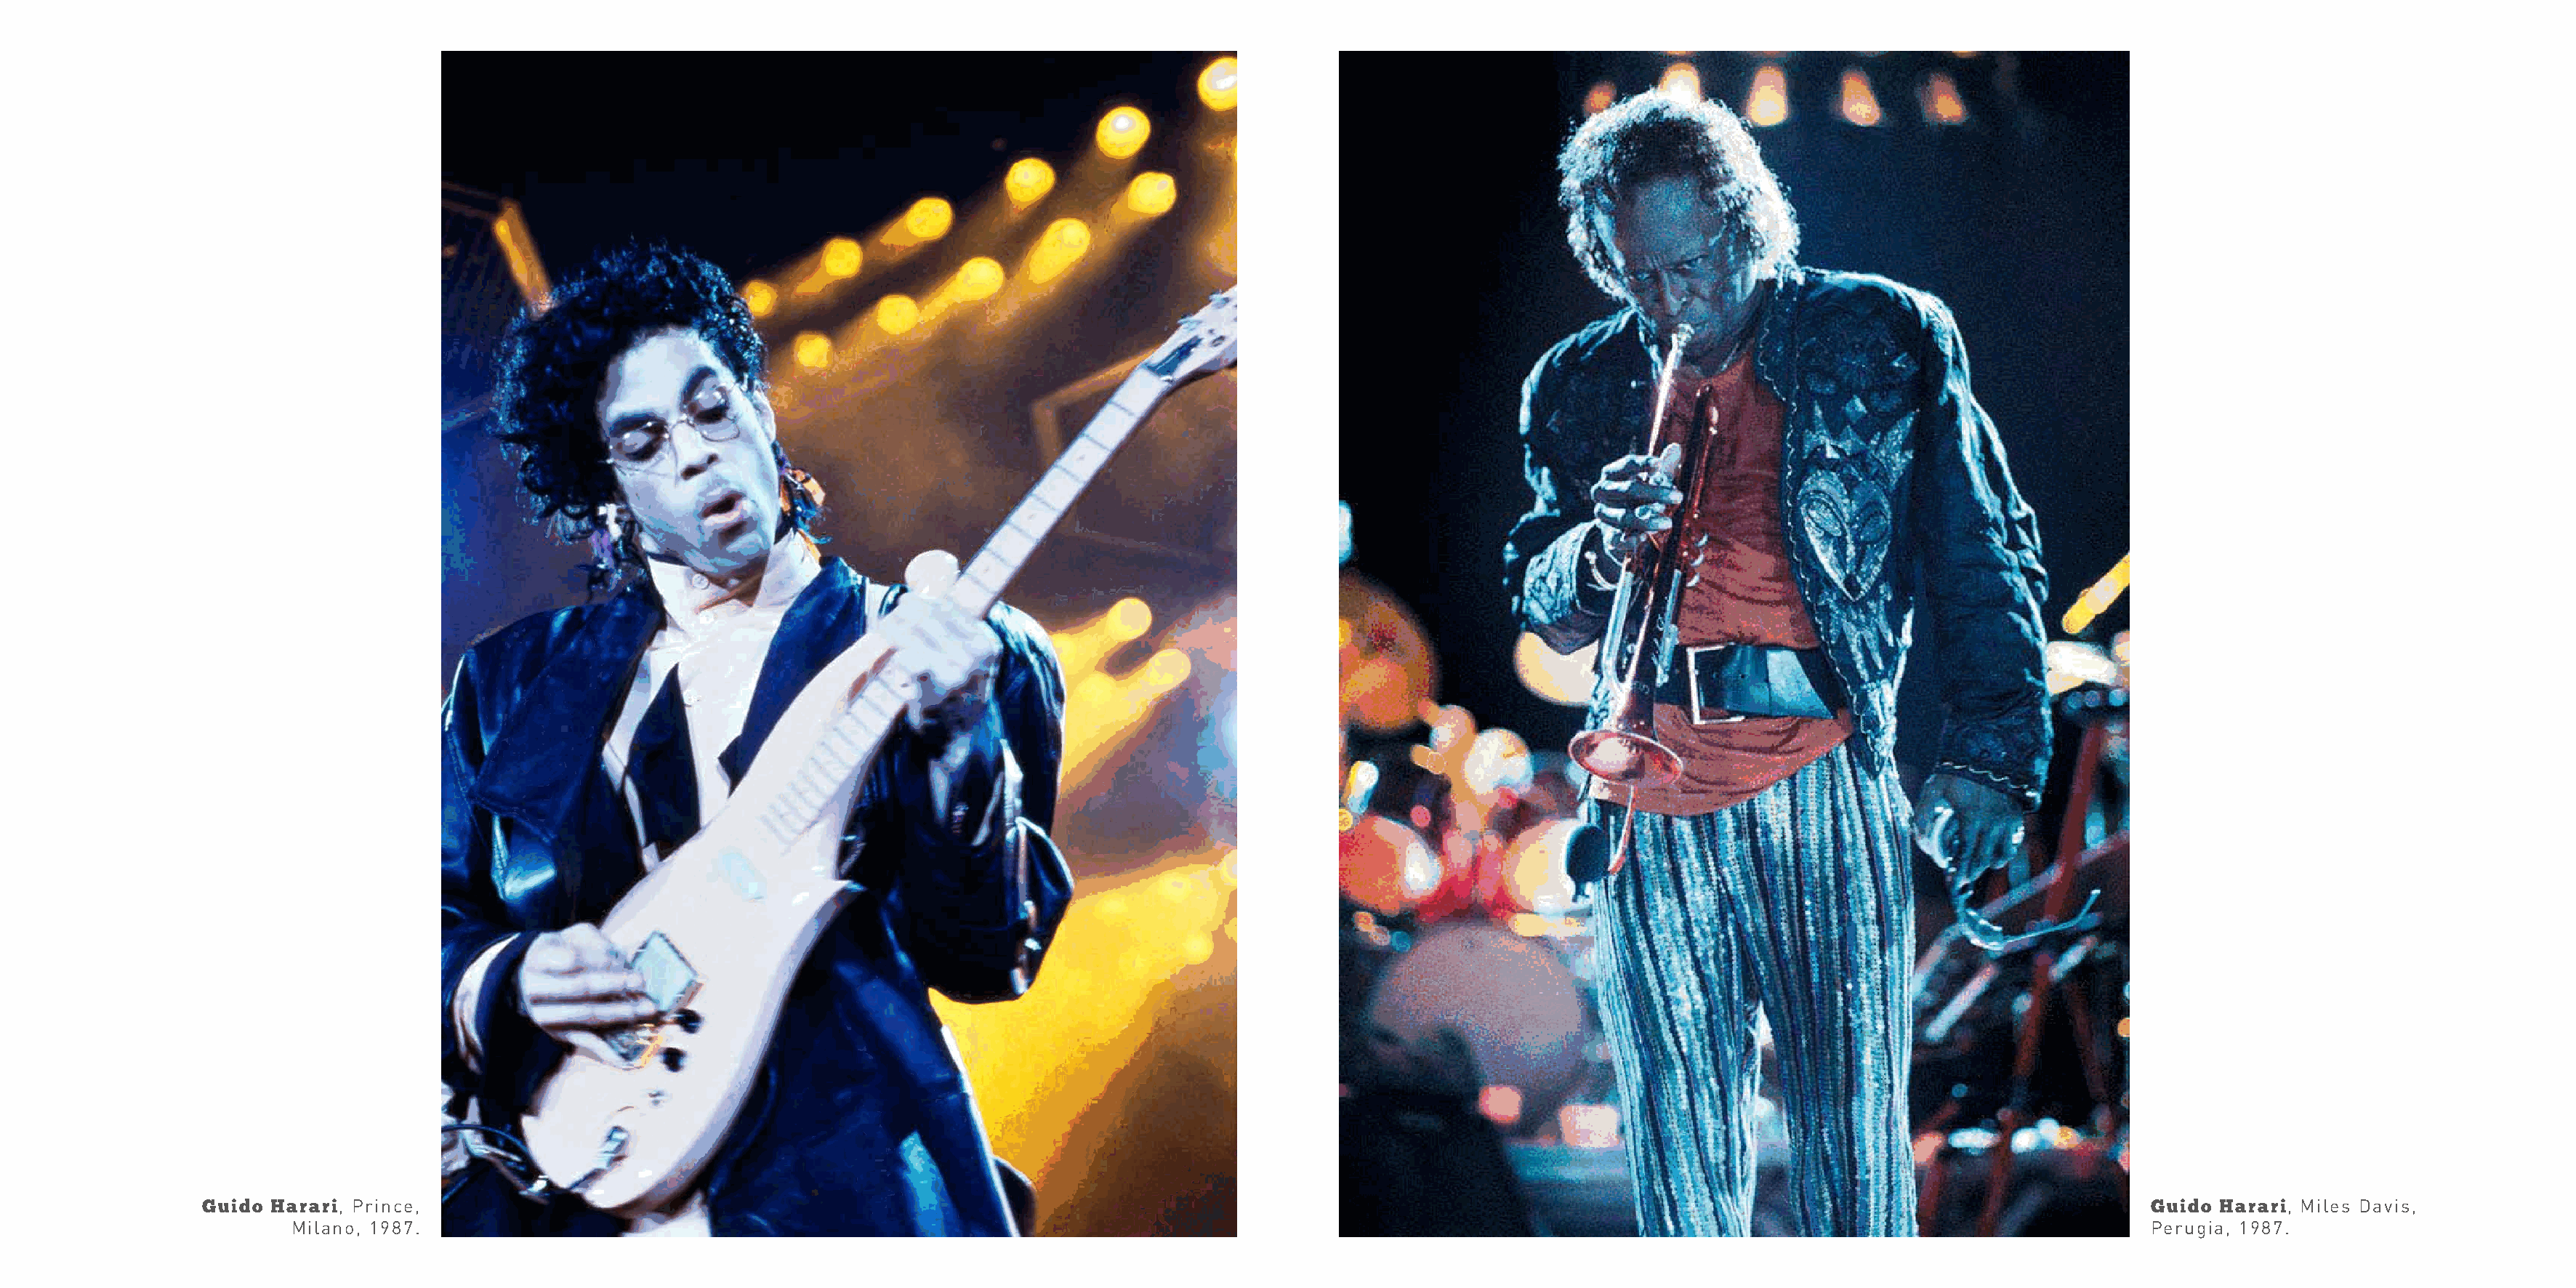
Guido  Harari, Prince,                                                                                                                                                            Guido Harari, Miles Davis,
 Milano, 1987.                                                                                                                                                            Perugia, 1987.